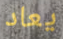
يعاد